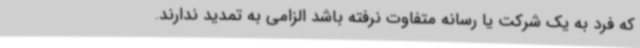
که فرد به یک شرکت یا رسانه متفاوت نرفته باشد الزامی به تمدید ندارند.